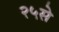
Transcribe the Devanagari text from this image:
२५से